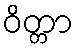
ဝိတ္တာ